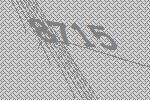
8715